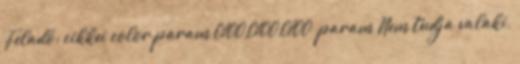
Feladó: cikkei color param 0100,0100,0100 param Nem tudja valaki,